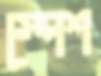
স্পেশ